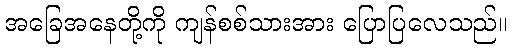
အခြေအနေတို့ကို ကျန်စစ်သားအား ပြောပြလေသည်။